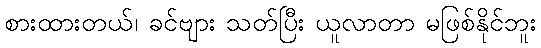
စားထားတယ်၊ ခင်ဗျား သတ်ပြီး ယူလာတာ မဖြစ်နိုင်ဘူး